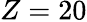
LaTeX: Z=20